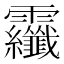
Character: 𩇏